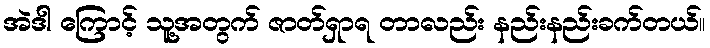
အဲဒါ ကြောင့် သူ့အတွက် ဇာတ်ရှာရ တာလည်း နည်းနည်းခက်တယ်။